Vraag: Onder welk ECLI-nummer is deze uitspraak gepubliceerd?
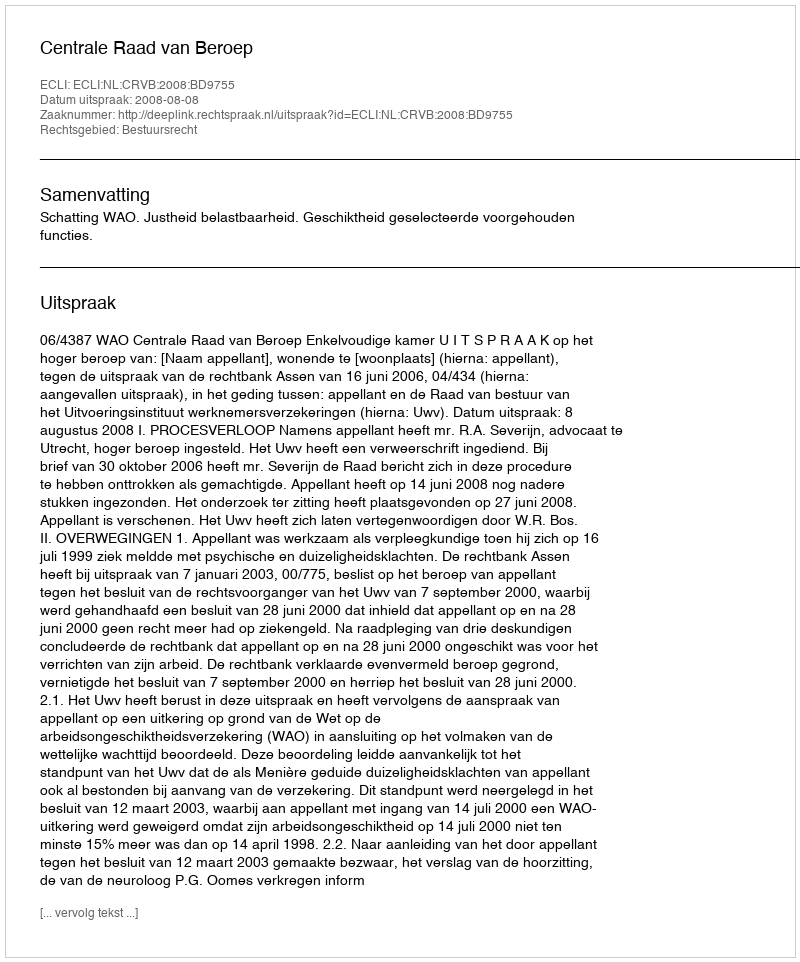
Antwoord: ECLI:NL:CRVB:2008:BD9755